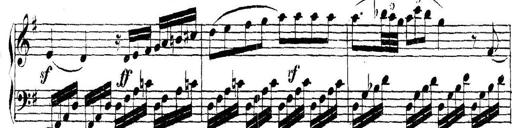
Title: Collected Piano Sonatas
Composer: Muzio Clementi